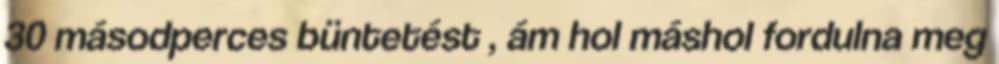
30 másodperces büntetést , ám hol máshol fordulna meg